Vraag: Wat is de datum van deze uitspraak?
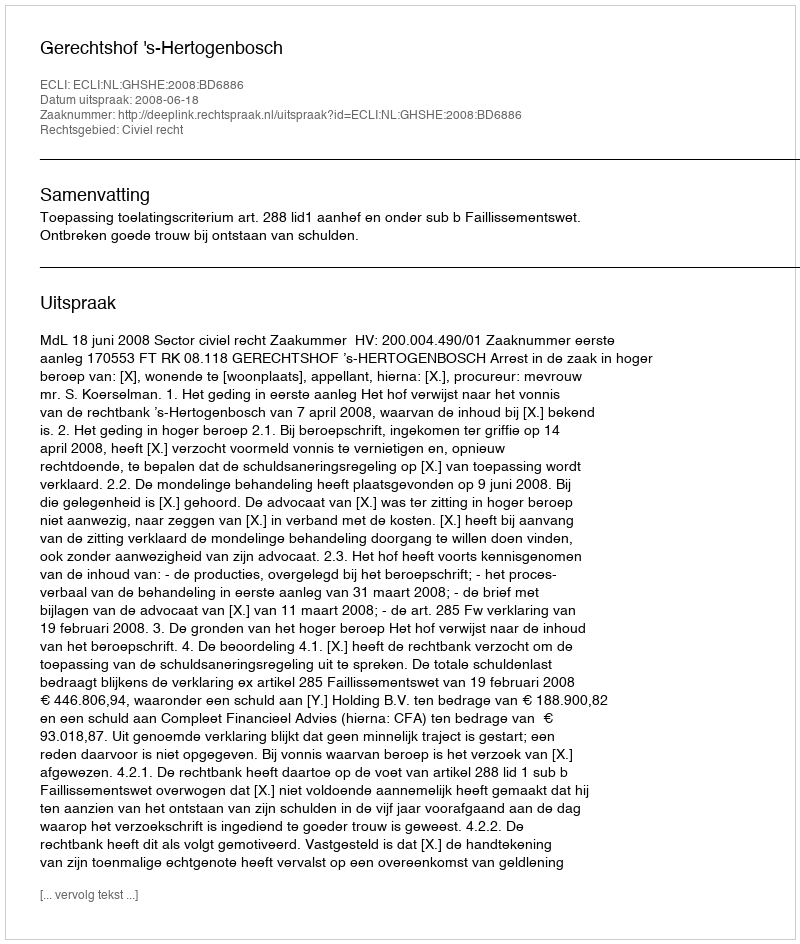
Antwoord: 2008-06-18